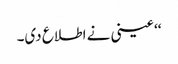
‘‘ عینی نے اطلاع دی۔